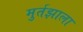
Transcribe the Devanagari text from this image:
मुर्तझाला